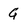
Character: G